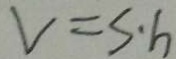
V = s \cdot h